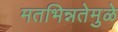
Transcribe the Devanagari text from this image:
मतभिन्नतेमुळे